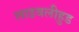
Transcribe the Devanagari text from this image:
लाइवलीहुड